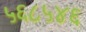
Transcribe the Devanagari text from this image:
५६८५४६